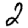
Digit: 2